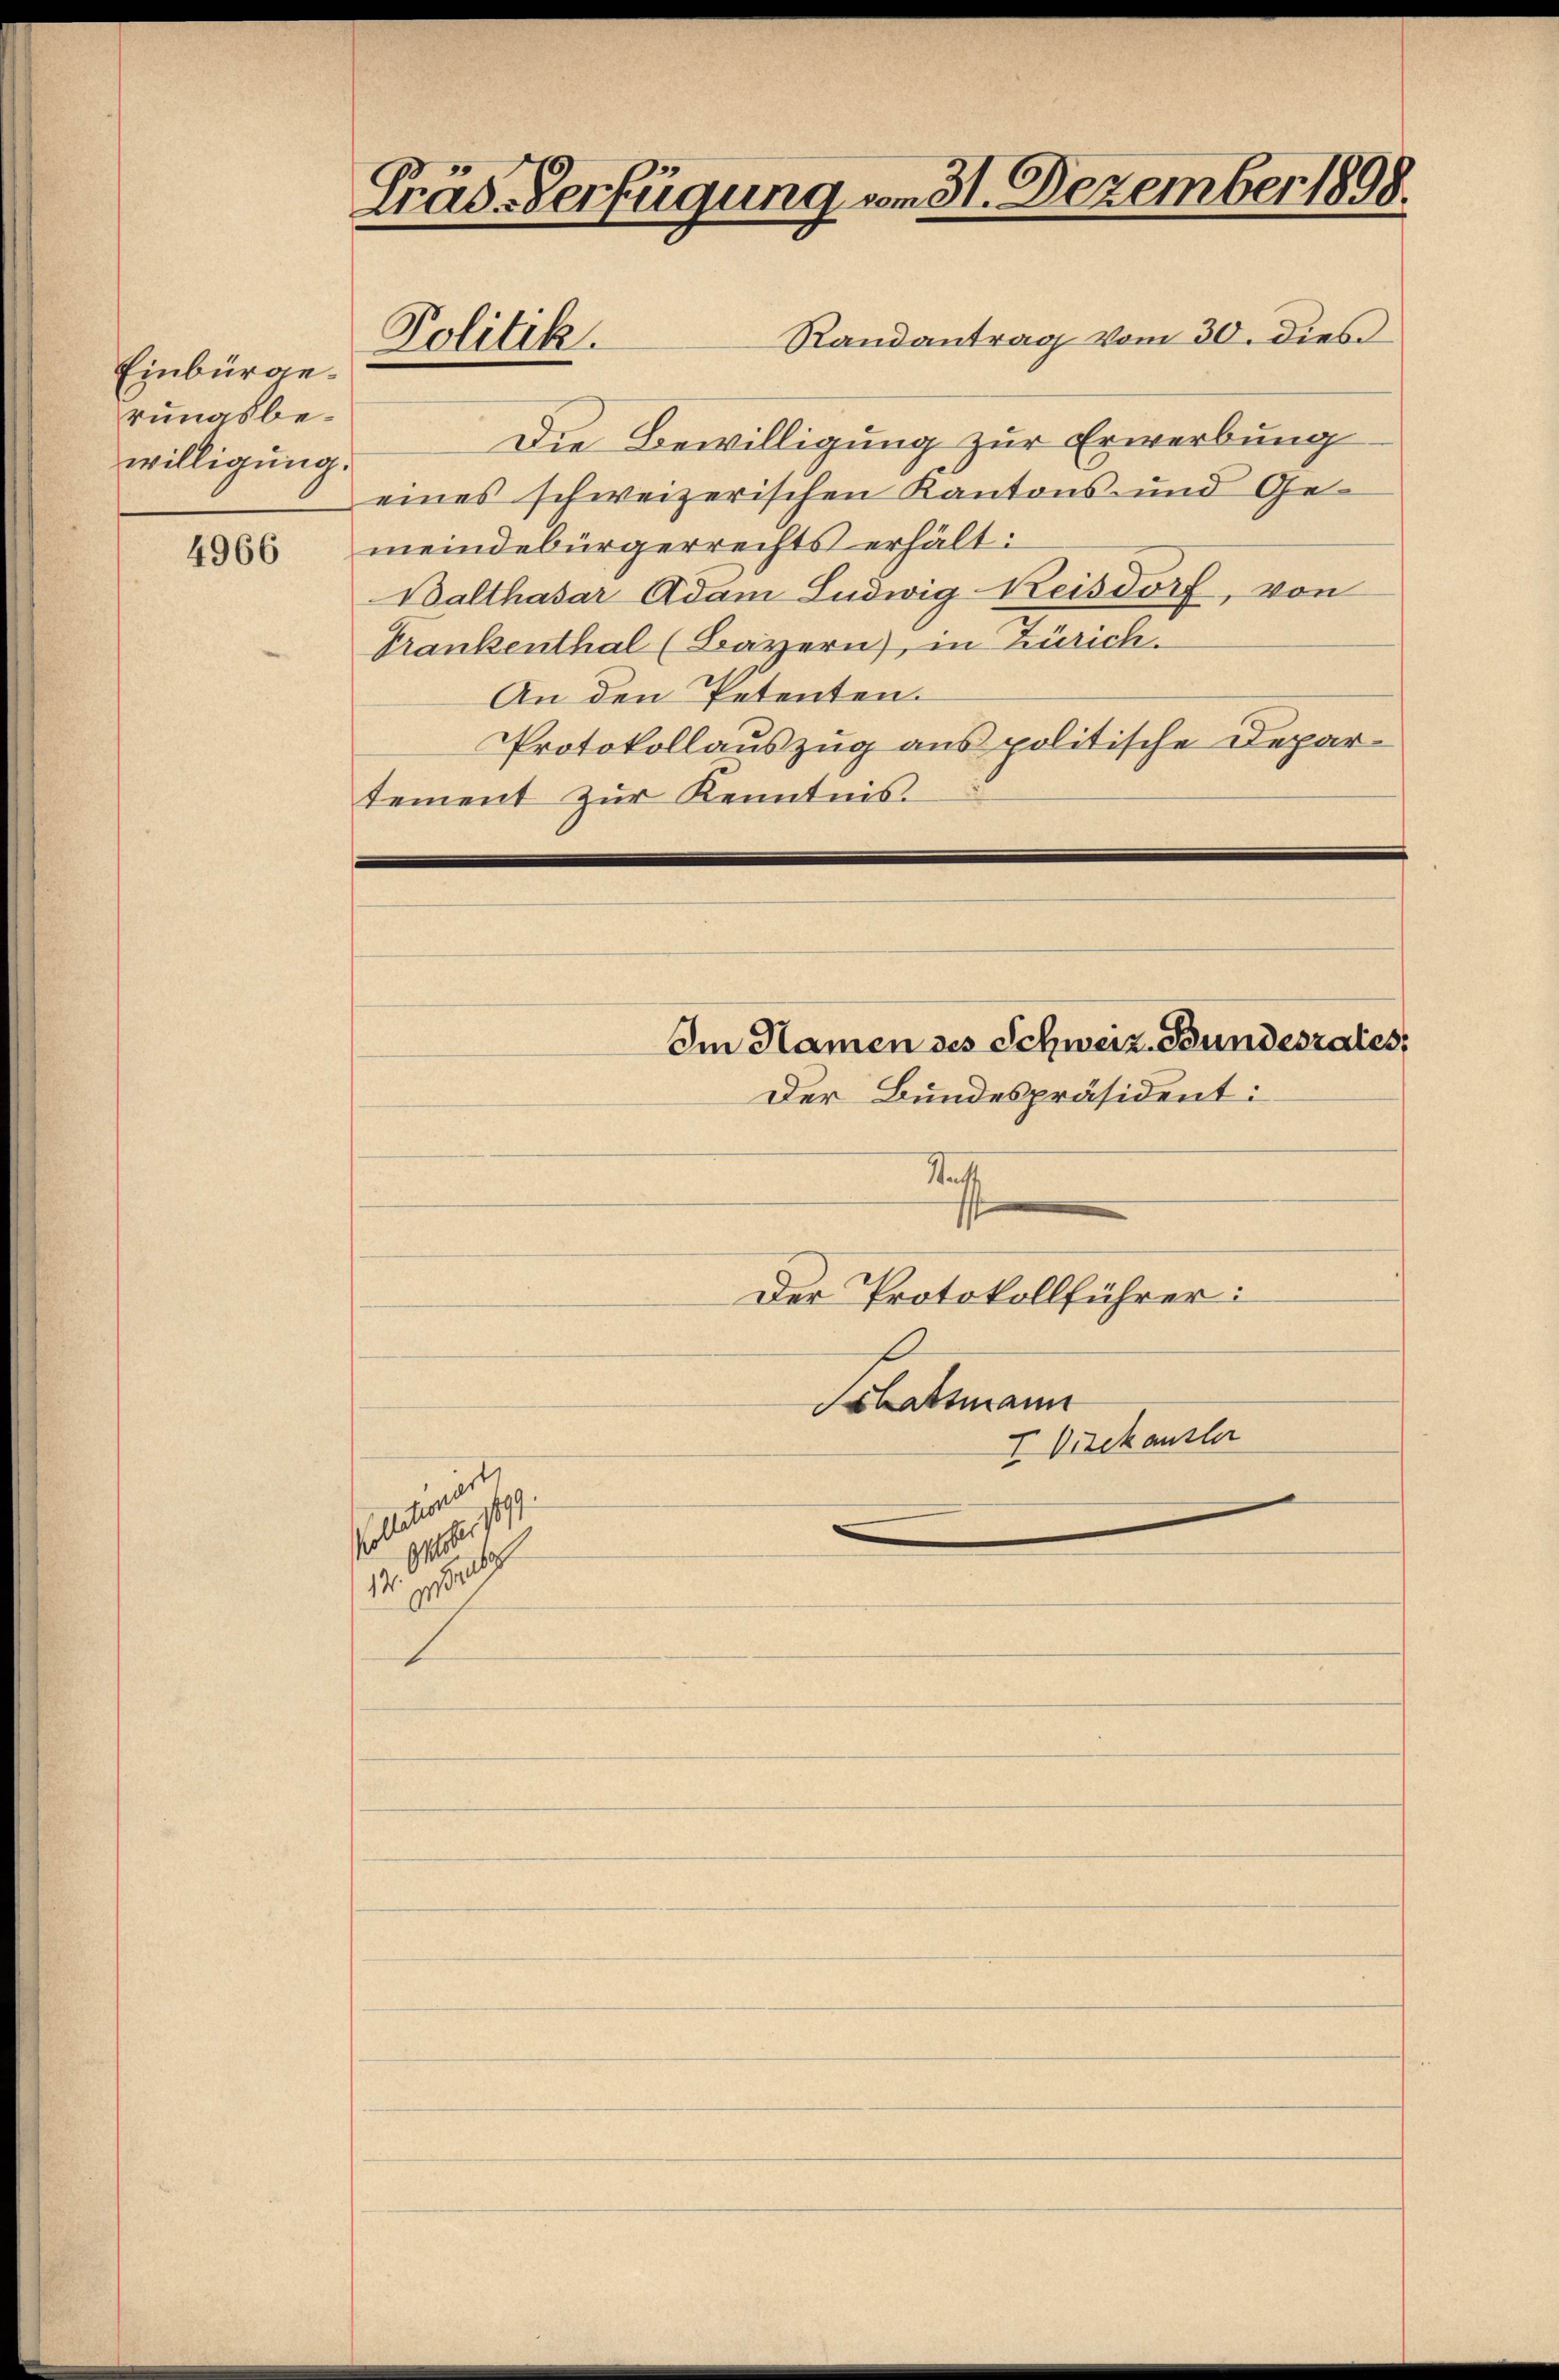
Einbürgerungsbewilligung.

4966

Gräs-Verfügung vom 31. Dezember 1898.
Randantrag vom 30. dies
Politik.

Die Bewilligung zur Erwerbung
eines schweizerischen Kantons und Gemeindebürgerrechts erhält:
Balthasar Adam Ludwig-Keisdorf, von
Frankenthal (Bayern), in Zürich.
An den Petenten.
Protokollauszug aus politische Departement zŭr Kenntnis.

l
10. Jah

Der Bundespräsident:
Statt
s
Der Protokollführer:
Schatzmann
I Vizekansler

Im Namen des Schweiz. Bundesrates,